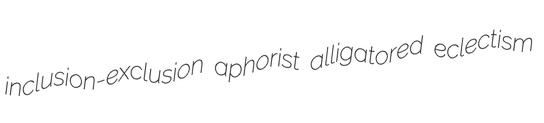
inclusion-exclusion aphorist alligatored eclectism